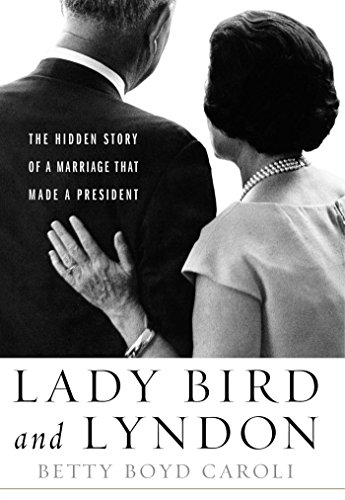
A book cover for Lady Bird and Lyndon: The Hidden Story of a Marriage That Made a President; Betty Boyd Caroli; Biographies & Memoirs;